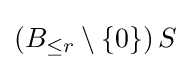
\left(B_{\leq r}\setminus \{0\}\right)S